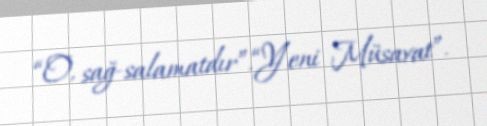
“O, sağ-salamatdır”.“Yeni Müsavat”.